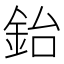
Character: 鈶